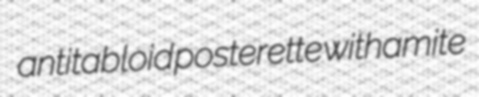
antitabloid posterette withamite